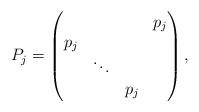
LaTeX: \begin{align*}P_j=\left( \begin{matrix} & & & p_j \cr p_j & & & \cr & \ddots & & \cr& & p_j &\end{matrix} \right),\end{align*}